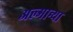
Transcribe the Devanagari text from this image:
अल्मान्या